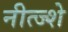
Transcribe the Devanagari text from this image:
नीत्ज्शे